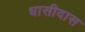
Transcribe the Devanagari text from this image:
धासीदास